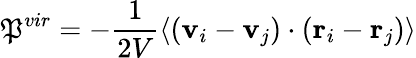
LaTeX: \mathfrak{P}^{vir}=-\frac{{1}}{{2V}}\left\langle(\textbf{{v}}_{i}-\textbf{{v}}_{j})\cdot(\textbf{{r}}_{i}-\textbf{{r}}_{j})\right\rangle